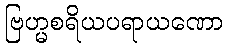
ဗြဟ္မစရိယပရာယဏော